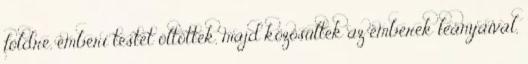
földre, emberi testet öltöttek, majd közösültek az emberek leányaival,